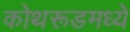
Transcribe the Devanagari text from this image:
कोथरूडमध्ये